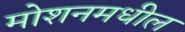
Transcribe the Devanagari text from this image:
मोशनमधील